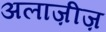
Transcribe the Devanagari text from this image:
अलाज़ीज़